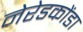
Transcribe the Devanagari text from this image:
नेरेडकोंडा